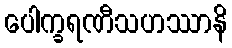
ပေါက္ခရဏီသဟဿာနိ